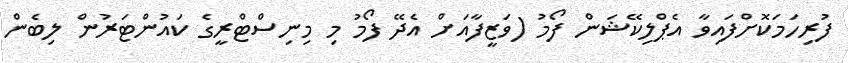
ފުރިހަމަކޮށްފައިވާ އެޕްލިކޭޝަން ފޯމު (ވަޒީފާއަށް އެދޭ ފޯމު މި މިނިސްޓްރީގެ ކައުންޓަރުން ލިބެން